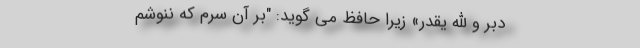
دَبِّرَ وَ اللهُ یُقَدِّرَ» زیرا حافظ می گوید: "بر آن سرم که ننوشم